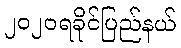
၂၀၂၀ရခိုင်ပြည်နယ်